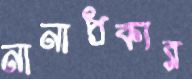
নানাপ্রকার